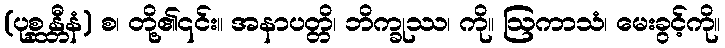
(ပုစ္ဆန္တီနံ) စ၊ တို့၏၎င်း။ အနာပတ္တိ၊ ဘိက္ခုဿ၊ ကို။ ဩကာသံ၊ မေးခွင့်ကို။